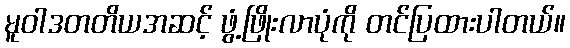
မူဝါဒတတိယအဆင့် ဖွံ့ဖြိုးလာပုံကို တင်ပြထားပါတယ်။